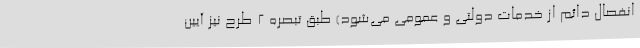
انفصال دائم از خدمات دولتی و عمومی می‌شود) طبق تبصره ۲ طرح نیز آیین